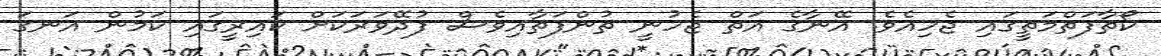
ކޯތާފަތްމަތީގައި ޖެހިއެވެ. އޭނާގެ އަތް ޖެހުނީ ތުންފަތާއިވެސް ފުދޭވަރަކަށް ކައިރީގައި ކަމުން އަނގަ